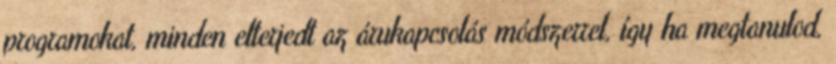
programokat, minden elterjedt az árukapcsolás módszerrel, így ha megtanulod,